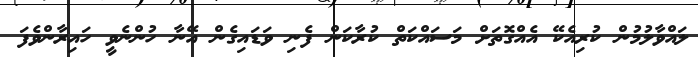
ލައްވާލުމުން ކުރިއެކޭ އެއްގޮތަށް މަސައްކަތް ކުރާކަން ފެނި ވަޑައިގެން އޭނާ ހުންނެވީ ހައިރާންވެފަ